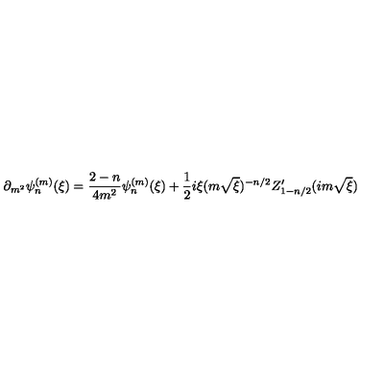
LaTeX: \partial _ { m ^ { 2 } } \psi _ { n } ^ { ( m ) } ( \xi ) = \frac { 2 - n } { 4 m ^ { 2 } } \psi _ { n } ^ { ( m ) } ( \xi ) + \frac { 1 } { 2 } i \xi ( m \sqrt { \xi } ) ^ { - n / 2 } Z _ { 1 - n / 2 } ^ { \prime } ( i m \sqrt { \xi } )